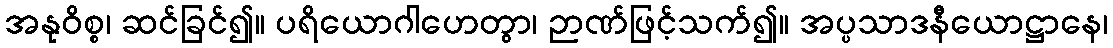
အနုဝိစ္စ၊ ဆင်ခြင်၍။ ပရိယောဂါဟေတွာ၊ ဉာဏ်ဖြင့်သက်၍။ အပ္ပသာဒနီယောဋ္ဌာနေ၊